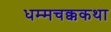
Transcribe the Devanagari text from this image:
धम्मचक्ककथा